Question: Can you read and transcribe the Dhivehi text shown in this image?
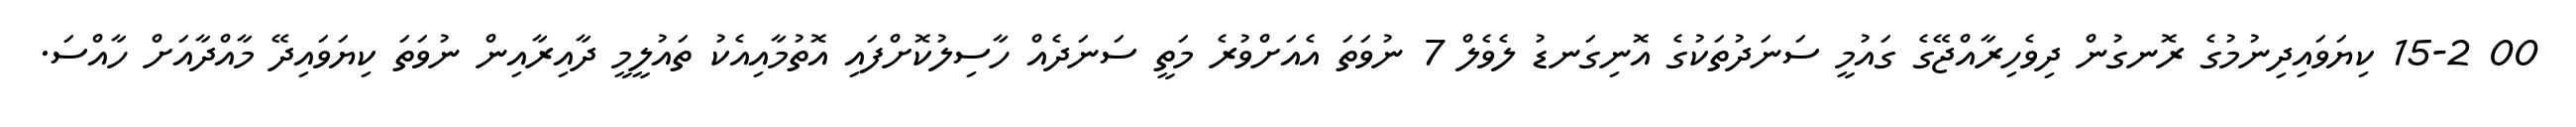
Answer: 00 15-2 ކިޔަވައިދިނުމުގެ ރޮނގުން ދިވެހިރާއްޖޭގެ ގައުމީ ސަނަދުތަކުގެ އޮނިގަނޑު ލެވެލް 7 ނުވަތަ އެއަށްވުރެ މަތީ ސަނަދެއް ހާސިލުކޮށްފައި އޮތުމާއިއެކު ތައުލީމީ ދާއިރާއިން ނުވަތަ ކިޔަވައިދޭ މާއްދާއަށް ހާއްސަ.